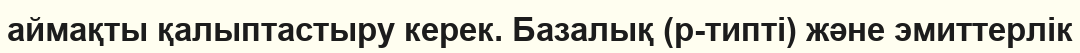
аймақты қалыптастыру керек. Базалық (р-типті) және эмиттерлік